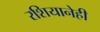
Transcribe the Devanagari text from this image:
रशियानेही